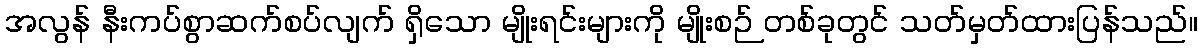
အလွန် နီးကပ်စွာဆက်စပ်လျက် ရှိသော မျိုးရင်းများကို မျိုးစဉ် တစ်ခုတွင် သတ်မှတ်ထားပြန်သည်။